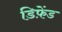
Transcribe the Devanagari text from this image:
डिफ़ेंड